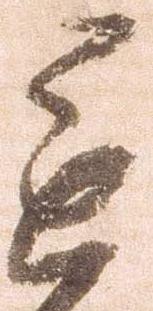
進